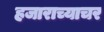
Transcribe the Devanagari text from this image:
हजाराच्याचर